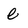
Character: e